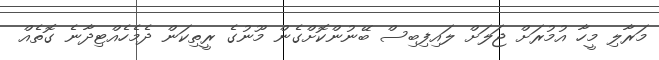
މަރާލި މީހާ އުމުރަށް ޖަލަށް ލައިފިބިސް ބޭނުންކޮށްގެން މޫނުގެ ރީތިކަން ދެމެހެއްޓިދާނެ ގޮތެއް